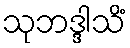
သုဘဒ္ဒါသိံ